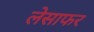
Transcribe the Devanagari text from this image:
लेसाफर